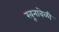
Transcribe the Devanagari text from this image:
खूनावेळी